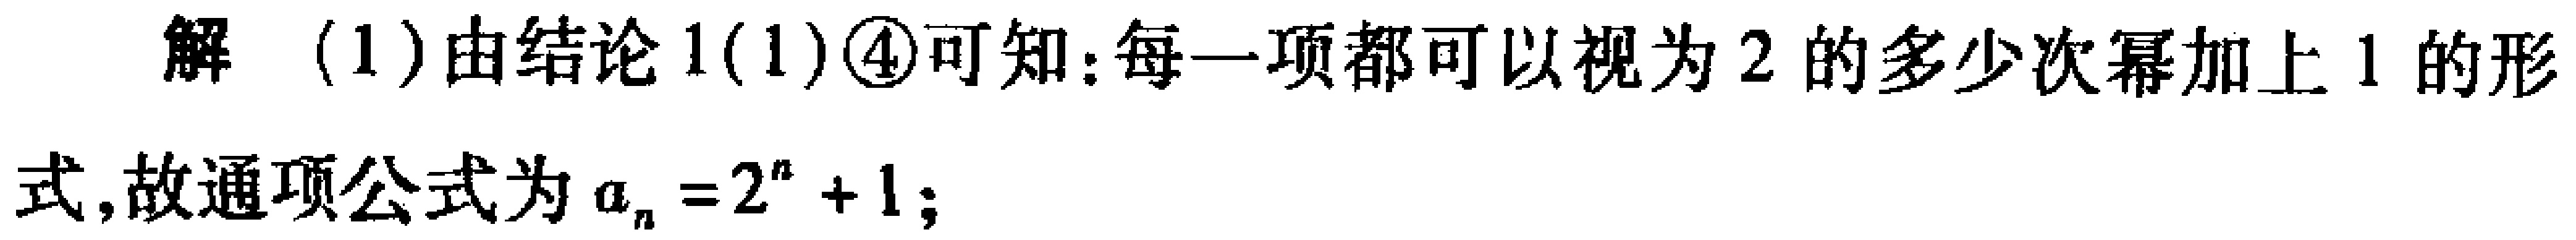
解 (1)由结论1(1)\textcircled{4}可知：每一项都可以视为\(2\)的多少次幂加上\(1\)的形式,故通项公式为\(a_{n}=2^{n}+1\)；